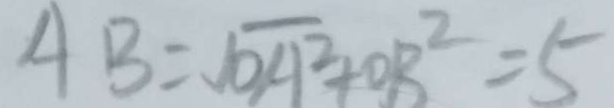
A B = \sqrt { O A ^ { 2 } } + O B ^ { 2 } = 5